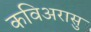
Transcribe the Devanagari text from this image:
कविअरासु